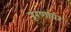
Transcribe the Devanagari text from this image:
रूग्णांवर